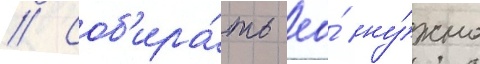
// Соб'ира́ть ео́ ну́жно